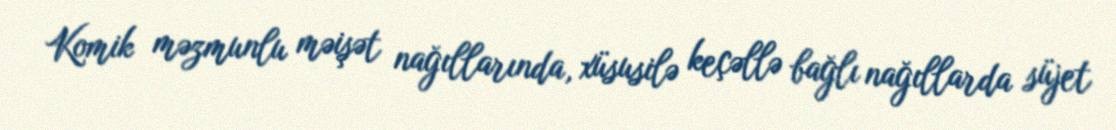
Komik məzmunlu məişət nağıllarında, xüsusilə keçəllə bağlı nağıllarda süjet